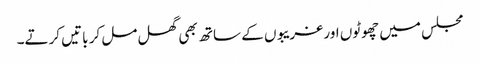
مجلس میں چھوٹوں اور غریبوں کے ساتھ بھی گھل مل کر باتیں کرتے۔